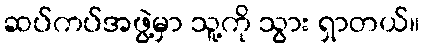
ဆပ်ကပ်အဖွဲ့မှာ သူ့ကို သွား ရှာတယ်။